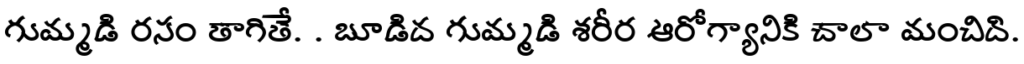
గుమ్మడి రసం తాగితే. . బూడిద గుమ్మడి శరీర ఆరోగ్యానికి చాలా మంచిది.